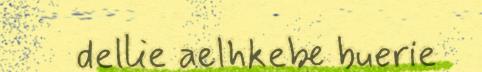
dellie aelhkebe buerie